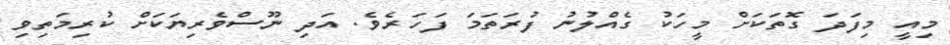
މިއީ މިފަދަ ގޮތަކަށް މީހަކު ގެއްލުނު ފުރަތަމަ ފަހަރެވެ. އަދި ނޫސްވެރިޔަކަށް ކުރިމަތިވި